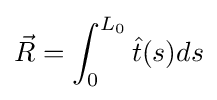
{\vec {R}}=\int _{0}^{L_{0}}{\hat {t}}(s)ds